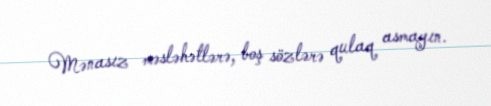
Mənasız məsləhətlərə, boş sözlərə qulaq asmayın.